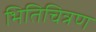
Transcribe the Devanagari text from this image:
भितिचित्रण